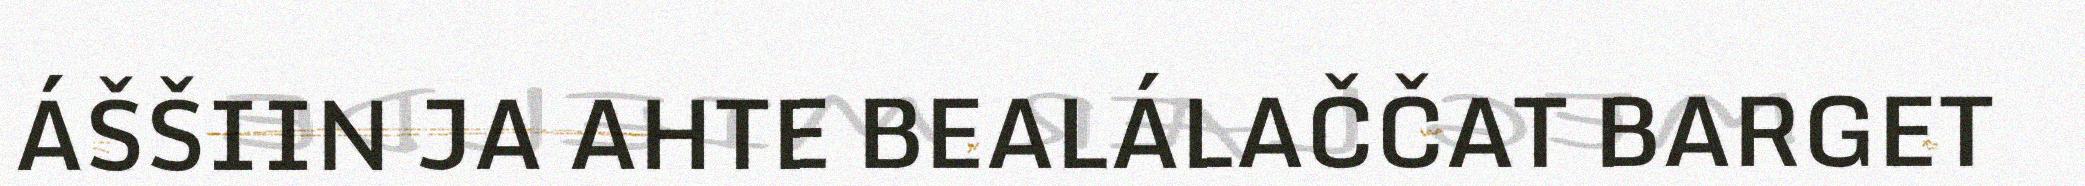
ÁŠŠIIN JA AHTE BEALÁLAČČAT BARGET